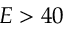
E > 4 0